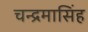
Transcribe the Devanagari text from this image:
चन्द्रमासिंह